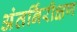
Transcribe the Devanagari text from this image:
अंतर्निरीक्षण